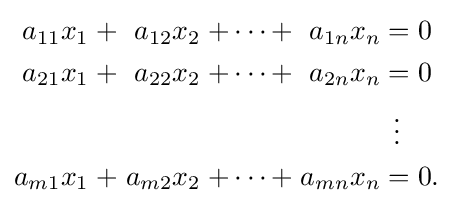
{\begin{alignedat}{7}a_{11}x_{1}&&\;+\;&&a_{12}x_{2}&&\;+\cdots +\;&&a_{1n}x_{n}&&\;=\;&&&0\\a_{21}x_{1}&&\;+\;&&a_{22}x_{2}&&\;+\cdots +\;&&a_{2n}x_{n}&&\;=\;&&&0\\&&&&&&&&&&\vdots \;\ &&&\\a_{m1}x_{1}&&\;+\;&&a_{m2}x_{2}&&\;+\cdots +\;&&a_{mn}x_{n}&&\;=\;&&&0.\\\end{alignedat}}